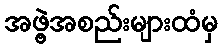
အဖွဲ့အစည်းများထံမှ